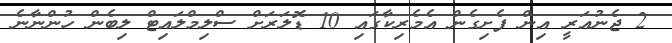
2 ޖެނުއަރީ އިން ފެށިގެން އެމެރިކާގައި 10 ޑޮލަރަށް ސްލިމްލައިޓް ލިބެން ހުންނާނެ